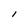
Character: I